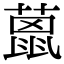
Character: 𦼤